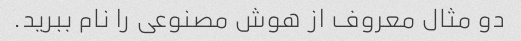
دو مثال معروف از هوش مصنوعی را نام ببرید.